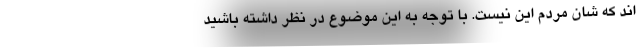
اند که شان مردم این نیست. با توجه به این موضوع در نظر داشته باشید